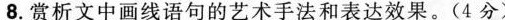
8赏析文中画线语句的艺术手法和表达效果。(4分)